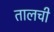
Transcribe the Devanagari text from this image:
तालची